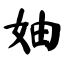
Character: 妯